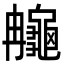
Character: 䶲